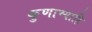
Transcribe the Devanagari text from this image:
कुणाच्याहि